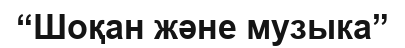
“Шоқан және музыка”